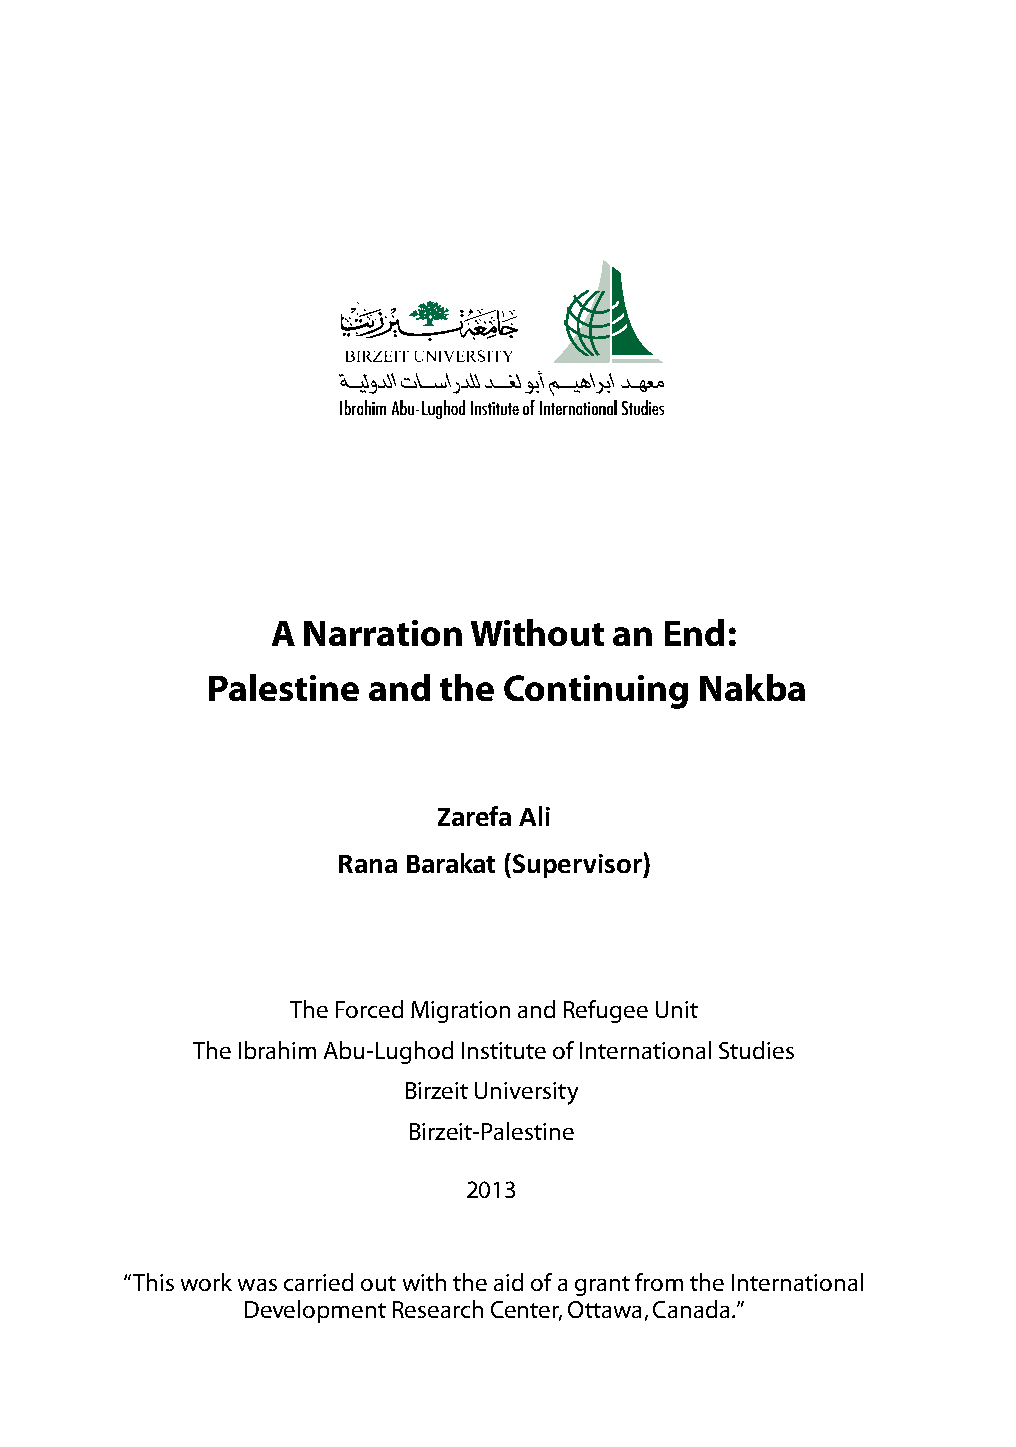
A Narration  Without   an End:
 Palestine and  the Continuing   Nakba
 Zarefa Ali
 Rana Barakat (Supervisor)
 The Forced Migration and Refugee Unit
 The Ibrahim Abu-Lughod Institute of International Studies
 Birzeit University
 Birzeit-Palestine
 2013
 “This work was carried out with the aid of a grant from the International
 Development Research Center, Ottawa, Canada.”